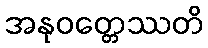
အနုဝတ္တေဿတိ